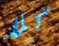
كلا